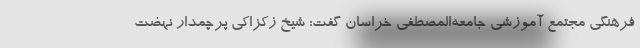
فرهنگی مجتمع آموزشی جامعه‌المصطفی خراسان گفت: شیخ زکزاکی پرچمدار نهضت